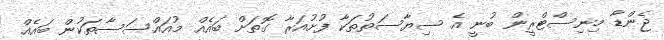
ޖެންޑާ މިނިސްޓްރީން ބުނީ އެ ސިޔާސަތުތަކާ ފުށުއަރާ ގޮތަށް ބައެއް މުއައްސަސާތަކުން ބައެއް